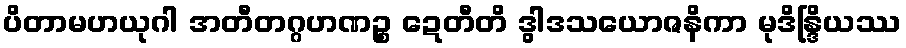
ပိတာမဟယုဂါ အတီတဂ္ဂဟဏဉ္စ ဍေတီတိ ဒွါဒသယောဇနိကာ မုဒိန္ဒြိယဿ